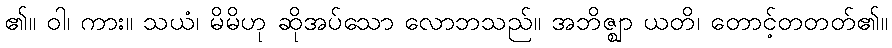
၏။ ဝါ၊ ကား။ သယံ၊ မိမိဟု ဆိုအပ်သော လောဘသည်။ အဘိဇ္ဈာ ယတိ၊ တောင့်တတတ်၏။